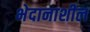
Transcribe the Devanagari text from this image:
भेदानाशील